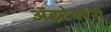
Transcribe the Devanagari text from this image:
अॅझ्टेकांनी